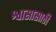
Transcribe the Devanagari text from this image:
श्वासासाठी